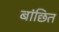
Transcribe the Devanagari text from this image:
बांछित